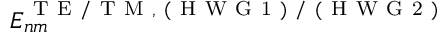
E _ { n m } ^ { \mathrm { ~ T ~ E ~ / ~ T ~ M ~ , ~ ( ~ H ~ W ~ G ~ 1 ~ ) ~ / ~ ( ~ H ~ W ~ G ~ 2 ~ ) ~ } }